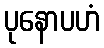
ပုနောပဟံ